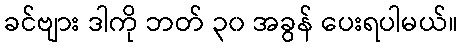
ခင်ဗျား ဒါကို ဘတ် ၃၀ အခွန် ပေးရပါမယ်။